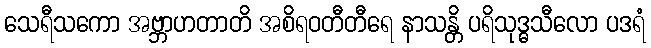
သေရီသကော အဗ္ဘာဟတာတိ အစိရဝတီတီရေ နာသန္တိ ပရိသုဒ္ဓသီလော ပဒရံ